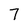
Character: 7